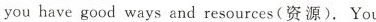
you have good ways and resources(资源).You